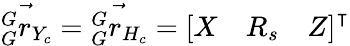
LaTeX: \vec{{}_{G}^{G}r_{Y_{c}}}=\vec{{}_{G}^{G}r_{H_{c}}}=\left[\begin{array}{lll}{X}&{R_{s}}&{Z}\end{array}\right]^{\intercal}{}